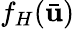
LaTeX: f_{H}(\bar{\mathbf{u}})